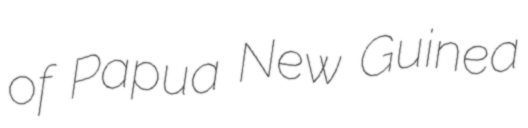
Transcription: of Papua New Guinea